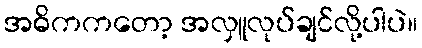
အဓိကကတော့ အလှူလုပ်ချင်လို့ပါပဲ။